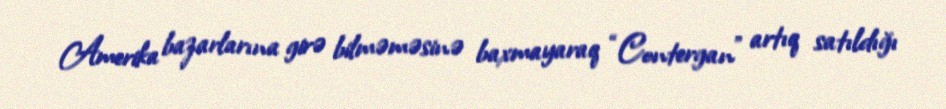
Amerika bazarlarına girə bilməməsinə baxmayaraq “Contergan” artıq satıldığı